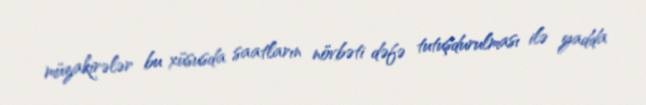
müzakirələr bu xüsusda saatların növbəti dəfə tutuşdurulması ilə yadda